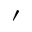
^ \prime